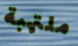
ملتهبة